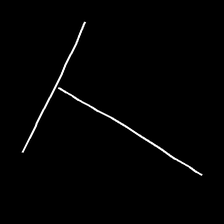
Glyph: column